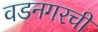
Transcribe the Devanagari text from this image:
वडनगरची